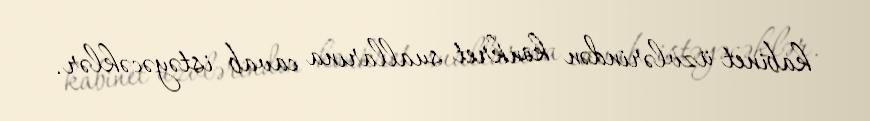
kabinet üzvlərindən konkret suallarına cavab istəyəcəklər.